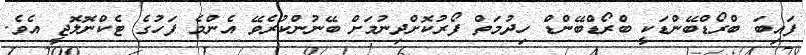
ފައިބަ ބްރޯޑްބޭންޑަކީ ބްރޯޑްބޭންޑް ހިދުމަތް ފޯރުކޮށްދިނުމަށް ބޭނުންކުރެވޭ އެންމެ ފަހުގެ ޓެކްނޮލޮޖީ އެވެ.